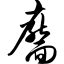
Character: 靥